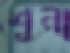
শুনা